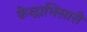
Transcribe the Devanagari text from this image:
केन्द्राभिसारी